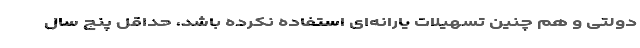
دولتی و هم چنین تسهیلات یارانه‌ای استفاده نکرده باشد، حداقل پنج سال